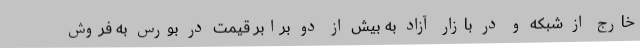
خارج از شبکه و در بازار آزاد به بیش از دو برابر قیمت در بورس به فروش